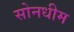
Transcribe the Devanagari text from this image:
सोनधीम